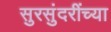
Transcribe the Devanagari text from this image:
सुरसुंदरींच्या